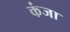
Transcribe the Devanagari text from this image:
कंजा